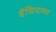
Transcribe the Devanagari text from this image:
डॅशियाच्या